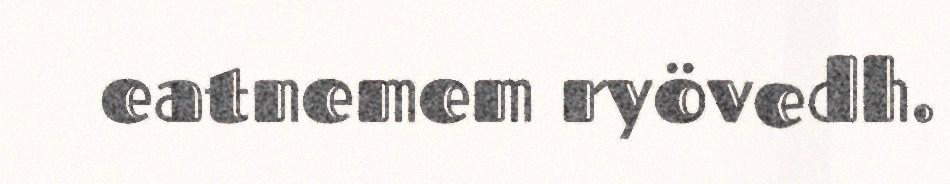
eatnemem ryövedh.